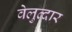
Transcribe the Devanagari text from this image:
वेलुत्दार